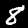
Label: 8